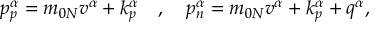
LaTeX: p _ { p } ^ { \alpha } = m _ { 0 N } v ^ { \alpha } + k _ { p } ^ { \alpha } ~ ~ ~ , ~ ~ ~ p _ { n } ^ { \alpha } = m _ { 0 N } v ^ { \alpha } + k _ { p } ^ { \alpha } + q ^ { \alpha } ,